Report on lock hospitals in British Burma
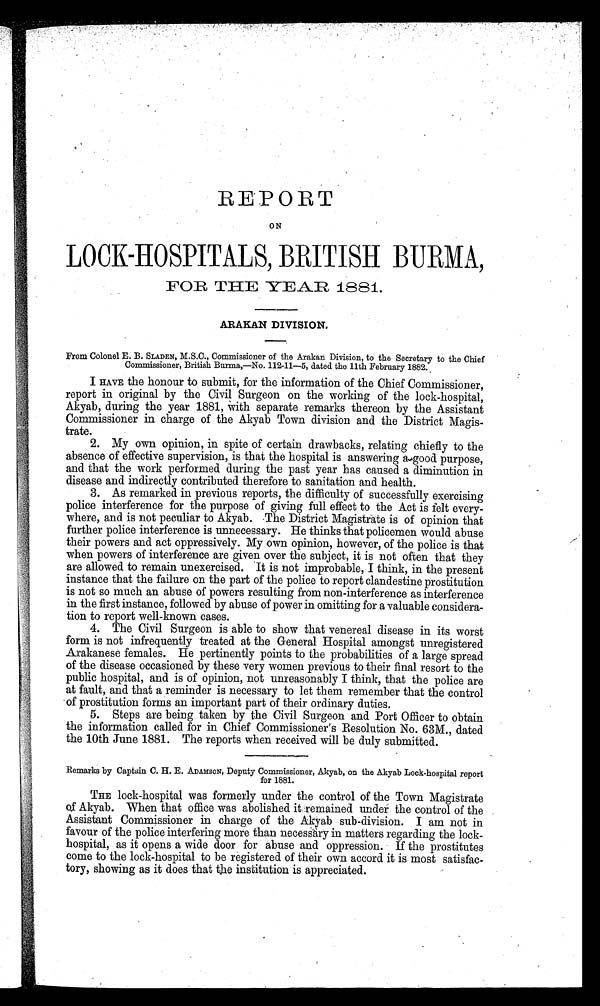
REPORT
ON
LOCK-HOSPITALS, BRITISH BURMA,
FOR THE YEAR 1881.
ARAKAN DIVISION.
From Colonel E. B. SLADEN, M.S.C., Commissioner of the Arakan Division, to the Secretary to the Chief
Commissioner, British Burma,—No. 112-11—5, dated the 11th February 1882. _
I HAVE the honour to submit, for the information of the Chief Commissioner,
report in original by the Civil Surgeon on the working of the lock-hospital,
Akyab, during the year 1881, with separate remarks thereon by the Assistant
Commissioner in charge of the Akyab Town division and the District Magis-
trate.
2. My own opinion, in spite of certain drawbacks, relating chiefly to the
absence of effective supervision, is that the hospital is answering a good purpose,
and that the work performed during the past year has caused a diminution in
disease and indirectly contributed therefore to sanitation and health.
3. As remarked in previous reports, the difficulty of successfully exercising
police interference for the purpose of giving full effect to the Act is felt every-
where, and is not peculiar to Akyab. -The District Magistrate is of opinion that
further police interference is unnecessary. He thinks that policemen would abuse
their powers and act oppressively. My own opinion, however, of the police is that
when powers of interference are given over the subject, it is not often that they
are allowed to remain unexercised. It is not improbable, I think, in the present
instance that the failure on the part of the police to report clandestine prostitution
is not so much an abuse of powers resulting from non-interference as interference
in the first instance, followed by abuse of power in omitting for a valuable considera-
tion to report well-known cases.
4. The Civil Surgeon is able to show that venereal disease in its worst
form is not infrequently treated at the General Hospital amongst unregistered
Arakanese females. He pertinently points to the probabilities of a large spread
of the disease occasioned by these very women previous to their final resort to the
public hospital, and is of opinion, not unreasonably I think, that the police are
at fault, and that a reminder is necessary to let them remember that the control
of prostitution forms an important part of their ordinary duties.
5. Steps are being taken by the Civil Surgeon and Port Officer to obtain
the information called for in Chief Commissioner's Resolution No. 63M., dated
the 10th June 1881. The reports when received will be duly submitted.
Remarks by Captain C. H. E. ADAMSON, Deputy Commissioner, Akyab, on the Akyab Lock-hospital report
for 1881.
THE lock-hospital was formerly under the control of the Town Magistrate
ofA k y a b . W h e n t h a t o f f i c e w a s a b o l i s h e d i t r e m a i n e d u n d e r t h e c o n t r o l o f t h e
Assistant Commissioner in charge of the Akyab sub-division. I am not in
favour of the police interfering more than necessary in matters regarding the lock-
hospital, as it opens a wide door for abuse and oppression. If the prostitutes
come to the lock-hospital to be registered of their own accord it is most satisfac-
tory, showing as it does that the institution is appreciated.